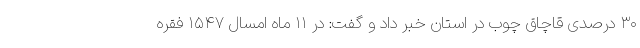
۳۰ درصدی قاچاق چوب در استان خبر داد و گفت: در ۱۱ ماه امسال ۱۵۴۷ فقره